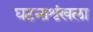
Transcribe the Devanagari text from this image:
घटनाशृंखला